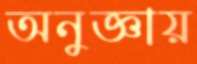
অনুজ্ঞায়